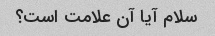
سلام آیا آن علامت است؟